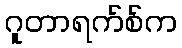
ဂူတာရက်စ်က